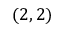
( 2 , 2 )